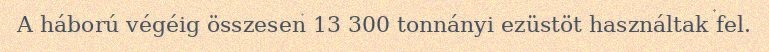
A háború végéig összesen 13 300 tonnányi ezüstöt használtak fel.